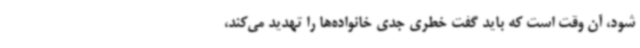
شود، آن وقت است که باید گفت خطری جدی خانواده‌ها را تهدید می‌کند،